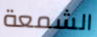
الشمعة